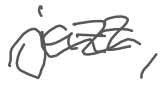
Text: jazz,
Cross-out: wave
Writing tool: digital_gray